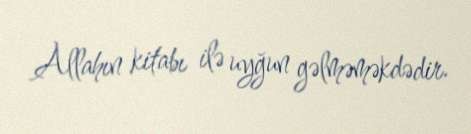
Allahın kitabı ilə uyğun gəlməməkdədir.